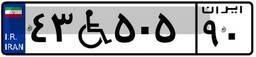
۴۳W۵۰۵۹۰